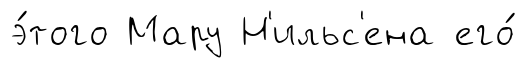
э́того Мару Н'ильс'ена его́